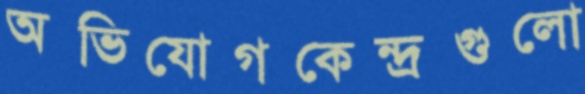
অভিযোগকেন্দ্রগুলো